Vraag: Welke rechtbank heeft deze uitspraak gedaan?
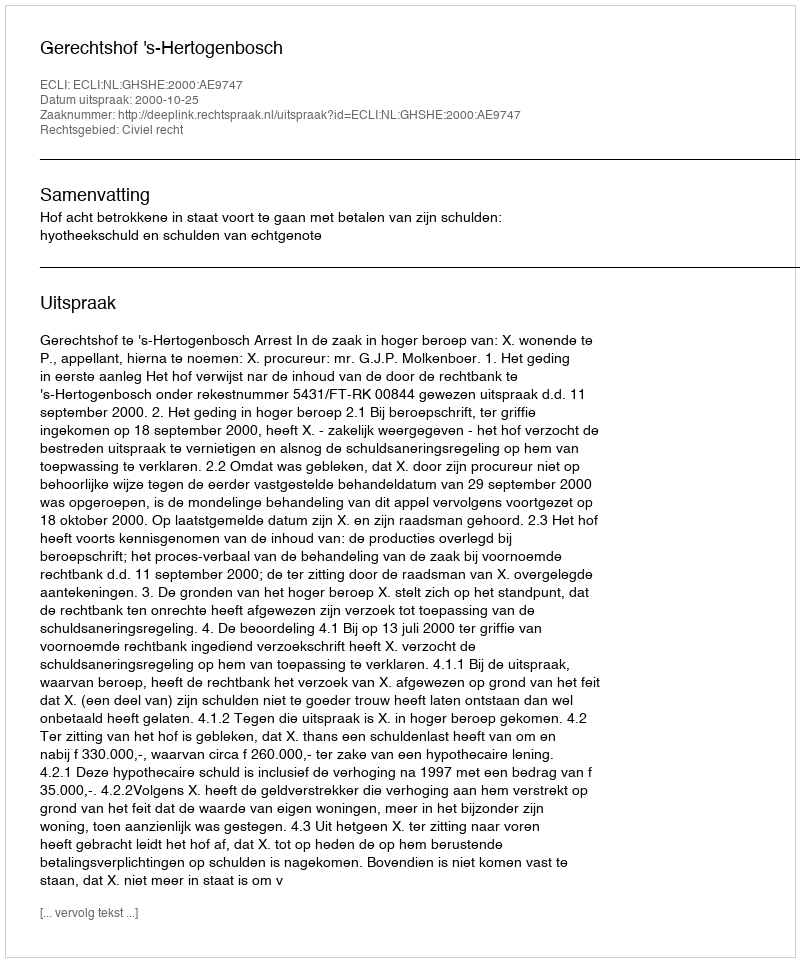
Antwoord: Gerechtshof 's-Hertogenbosch